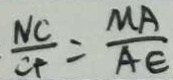
\frac { N C } { C F } = \frac { M A } { A E }